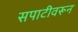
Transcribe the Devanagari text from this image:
सपाटीवरून